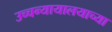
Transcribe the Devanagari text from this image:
उच्चन्यायालयाच्या